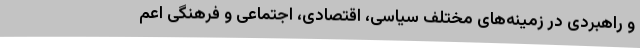
و راهبردی در زمینه‌های مختلف سیاسی، ‌اقتصادی، ‌اجتماعی و فرهنگی اعم